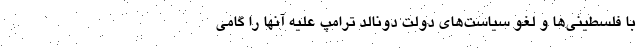
با فلسطینی‌ها و لغو سیاست‌های دولت دونالد ترامپ علیه آنها را گامی